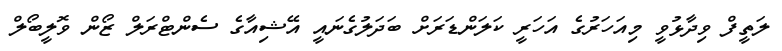
ލަތީފް ވިދާޅުވީ މިއަހަރުގެ އަހަރީ ކަލަންޑަރަށް ބަދަލުގެނައީ އޭޝިއާގެ ސެންޓްރަލް ޒޯން ވޮލީބޯލް